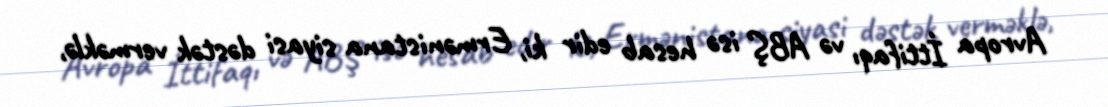
Avropa İttifaqı və ABŞ isə hesab edir ki, Ermənistana siyasi dəstək verməklə,